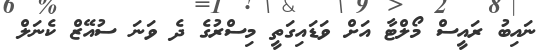
ނައިބު ރައީސް މޯލްޓާ އަށް ވަޑައިގަތީ މިސްރުގެ ދެ ވަނަ ސުއޭޒް ކެނަލް